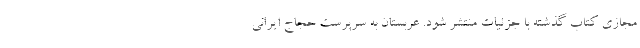
مجازی کتاب گذشته با جزئیات منتشر شود. عربستان به سرپرست حجاج ایرانی